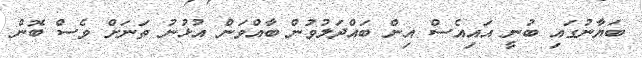
ބަޔާނުގައި ބުނީ އައިއެސް އިން ބައްދަލުވުން ބާއްވަން އުޅުނު ތަނަށް ވެސް ބޮން